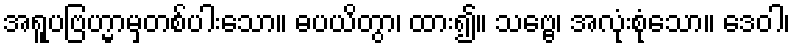
အရူပဗြဟ္မာမှတစ်ပါးသော။ ဓပယိတွာ၊ ထား၍။ သဗ္ဗေ၊ အလုံးစုံသော။ ဒေဝါ၊